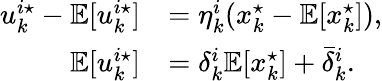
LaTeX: \begin{array}{rl}{u_{k}^{i\star}-\mathbb{E}[u_{k}^{i\star}]}&{=\eta_{k}^{i}(x_{k}^{\star}-\mathbb{E}[x_{k}^{\star}]),}\\ {\mathbb{E}[u_{k}^{i\star}]}&{=\delta_{k}^{i}\mathbb{E}[x_{k}^{\star}]+\bar{\delta}_{k}^{i}.}\end{array}